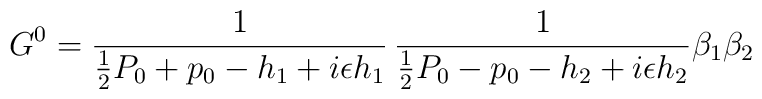
G^0={1\over {1\over 2}P_0+p_0-h_1+i\epsilon h_1}\,{1\over {1\over 2}P_0-p_0-h_2+i\epsilon h_2}\beta_1\beta_2